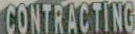
CONTRACTING